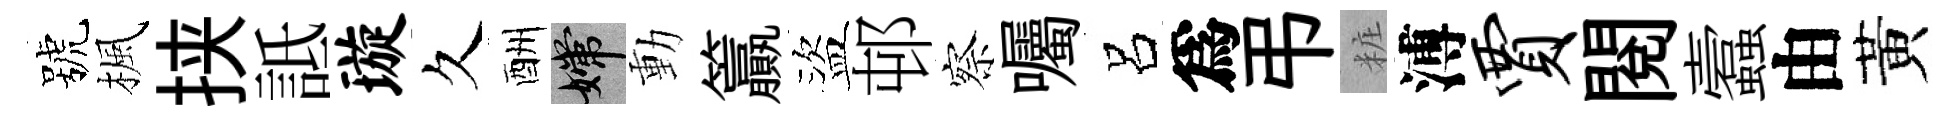
號楓挟詆璇久酬嫦動籯盜邨察囑呂爲弔粧溥贾閱蠧由黃